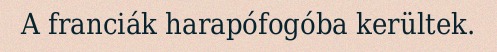
A franciák harapófogóba kerültek.